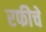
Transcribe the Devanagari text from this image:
रफीचे